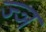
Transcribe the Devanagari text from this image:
ज्‍ञ